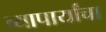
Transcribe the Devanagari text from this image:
व्यापार्यांचा